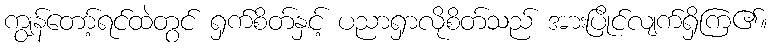
ကျွန်တော့်ရင်ထဲတွင် ရှက်စိတ်နှင့် ပညာရှာလိုစိတ်သည် အားပြိုင်လျက်ရှိကြ၏။